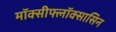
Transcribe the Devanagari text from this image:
मॉक्सीफ्लॉक्सासिन